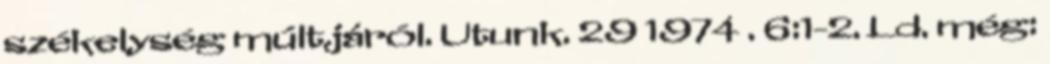
székelység múltjáról. Utunk. 29 1974 . 6:1-2. Ld. még: